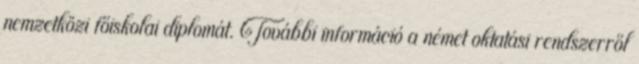
nemzetközi főiskolai diplomát. További információ a német oktatási rendszerről